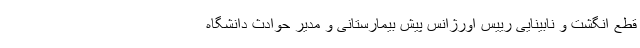
قطع انگشت و نابینایی رییس اورژانس پیش بیمارستانی و مدیر حوادث دانشگاه